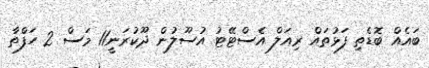
ބައެއް ބޮޑެތި ފަޅުތައް ރިއަލް އެސްޓޭޓު އުސޫލުން ދޫކުރަނީ11 މަސް 2 ހަފްތާ